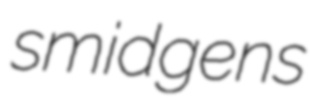
smidgens